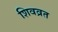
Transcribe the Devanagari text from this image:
शिवव्रत